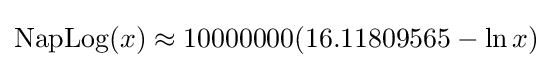
\mathrm {NapLog} (x)\approx 10000000(16.11809565-\ln x)